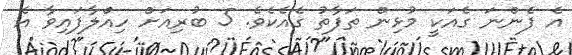
އެ ފެންނަ ގެއަކީ މުޅިން ތަފާތު ގެއެކެވެ. 5 ބުރިއަށް ހިއްލާފައިވާ އެ